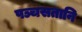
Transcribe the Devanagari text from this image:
पञ्चसतानि